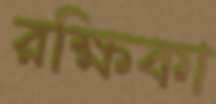
রক্ষিকা